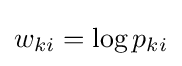
w_{ki}=\log p_{ki}